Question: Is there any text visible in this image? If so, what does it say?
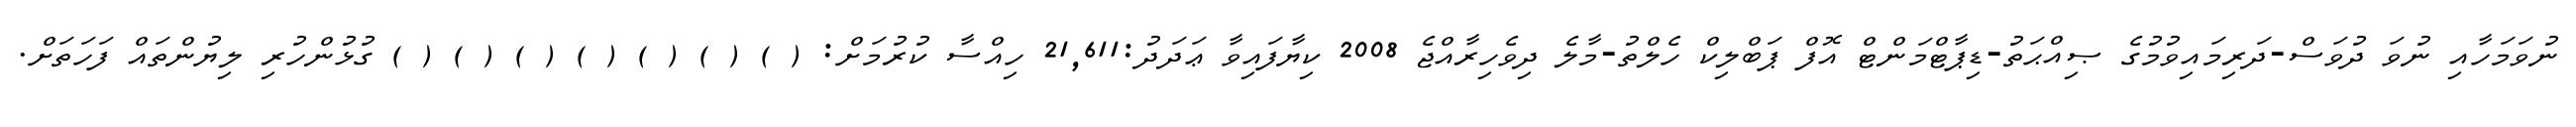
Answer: ނުވަމަހާއި ނުވަ ދުވަސް-ދަރިމައިވުމުގެ ޞިއްޙަތު-ޑިޕާޓްމަންޓް އޮފް ޕަބްލިކް ހެލްތު-މާލެ ދިވެހިރާއްޖެ 2008 ކިޔާފައިވާ ޢަދަދު:21,611 ހިއްސާ ކުރުމަށް: ( ) ( ) ( ) ( ) ( ) ( ) ( ) ގުޅުންހުރި ލިޔުންތައް ފަހަތަށް.